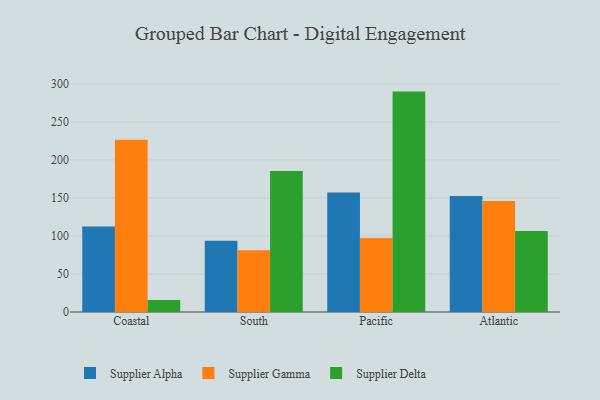
{"axis": {"x": "Region", "y": "Energy Usage (MWh)"}, "legend": ["Supplier Alpha", "Supplier Delta", "Supplier Gamma"], "data": [{"x": "Coastal", "y": 112.5, "type": "Supplier Alpha"}, {"x": "Coastal", "y": 226.6, "type": "Supplier Gamma"}, {"x": "Coastal", "y": 15.7, "type": "Supplier Delta"}, {"x": "South", "y": 93.7, "type": "Supplier Alpha"}, {"x": "South", "y": 81.1, "type": "Supplier Gamma"}, {"x": "South", "y": 185.6, "type": "Supplier Delta"}, {"x": "Pacific", "y": 157.1, "type": "Supplier Alpha"}, {"x": "Pacific", "y": 97.4, "type": "Supplier Gamma"}, {"x": "Pacific", "y": 289.9, "type": "Supplier Delta"}, {"x": "Atlantic", "y": 152.7, "type": "Supplier Alpha"}, {"x": "Atlantic", "y": 145.9, "type": "Supplier Gamma"}, {"x": "Atlantic", "y": 106.7, "type": "Supplier Delta"}]}